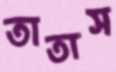
তাতাস